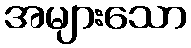
အများသော